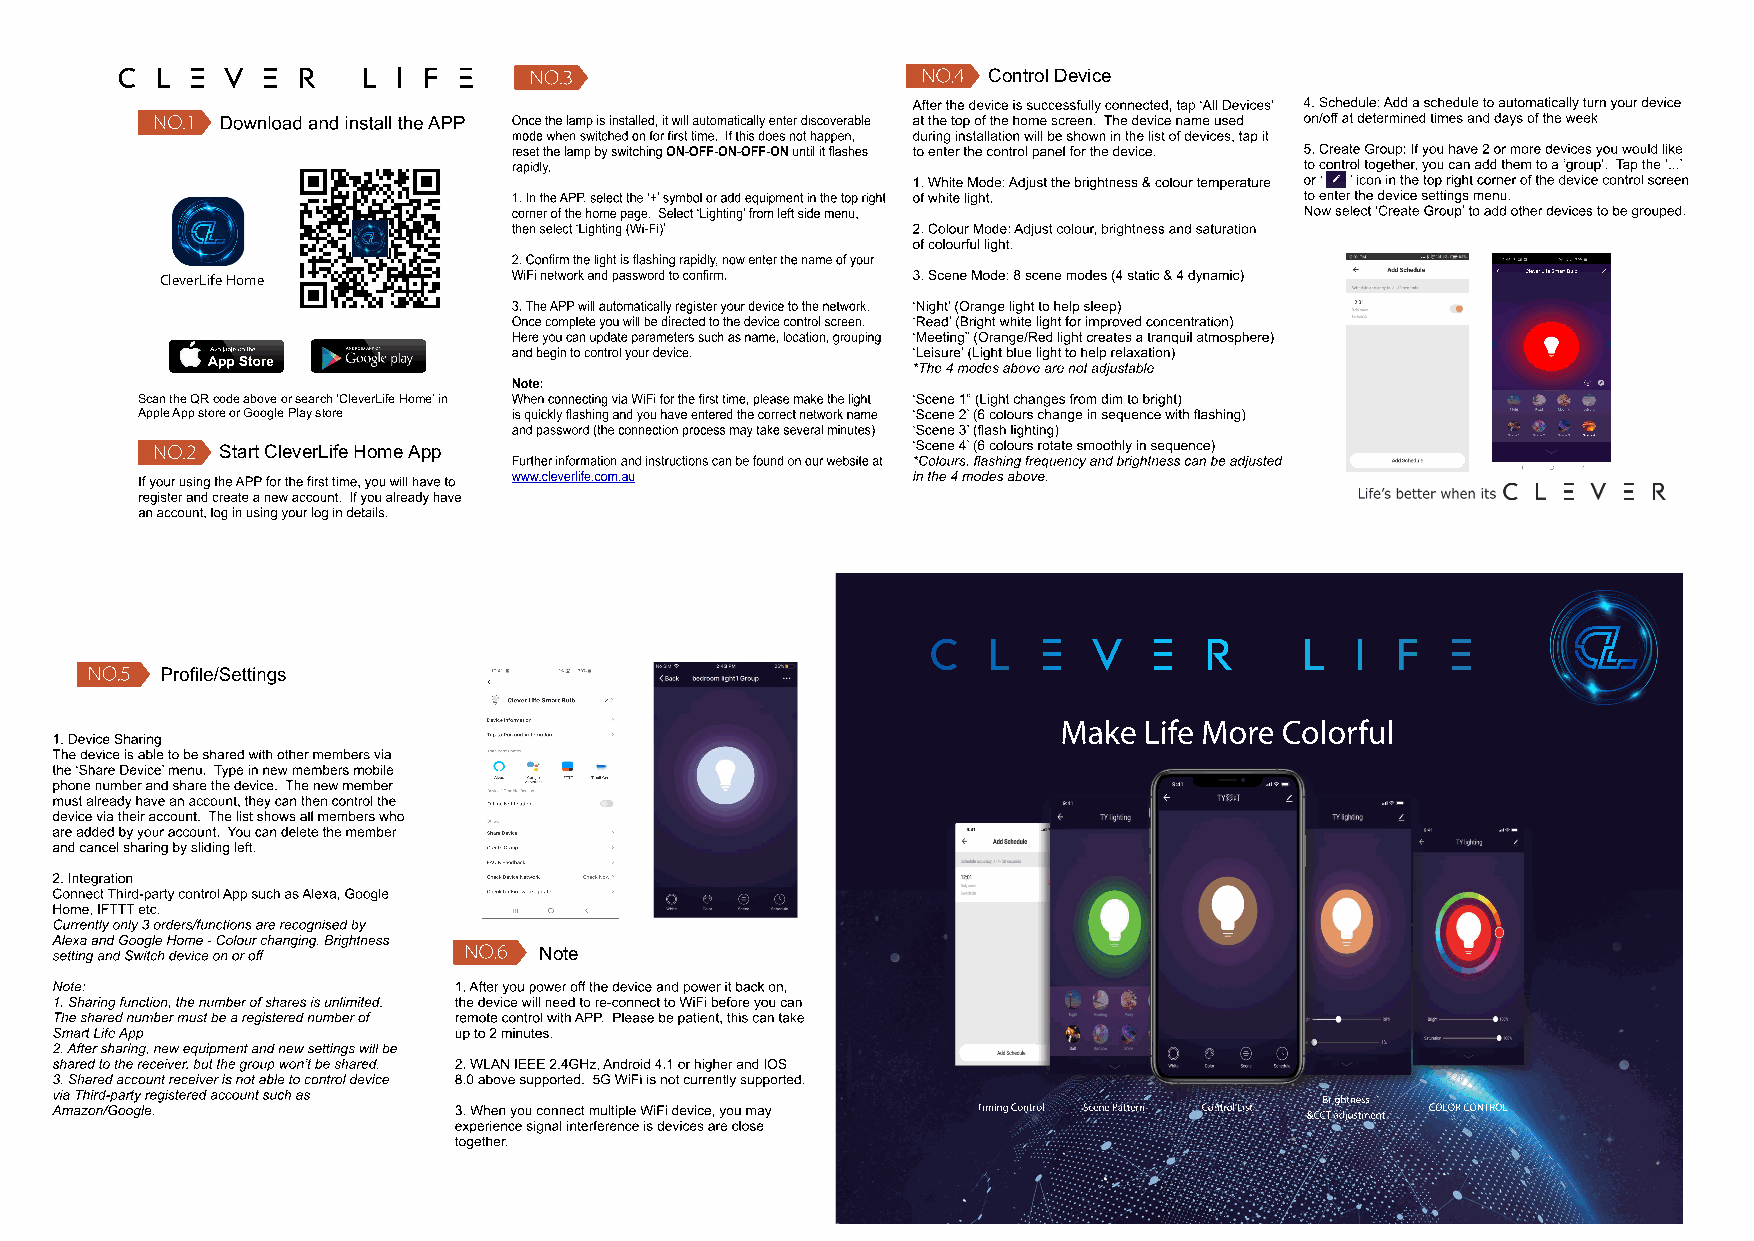
Control Device
 CleverLife Home
 Scan the QR code above or search ‘CleverLife Home’ in
 Apple App store or Google Play store
 Start CleverLife Home App
 Note